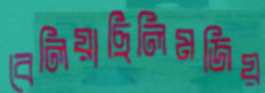
বেলিয়াছিলিমজিয়